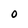
Character: O